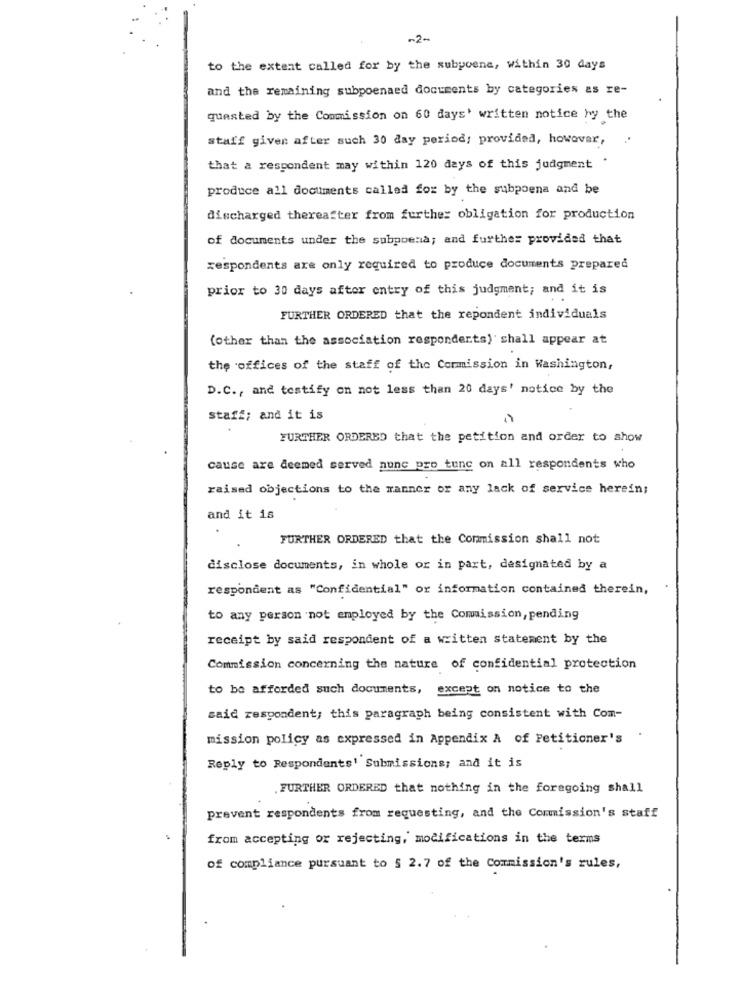
-2-
to the extent called for by the subpoena, within 30 days
and the remaining subpoenaed documents by categories as re-
quested by the Commission on 60 days' written notice hy the
staff given after such 30 day period; provided, however,
that a respondent may within 120 days of this judgment
produce all documents called for by the subpoena and be
discharged thereafter from further obligation for production
of documents under the subpoena; and further provided that
respondents are only required to produce documents prepared
prior to 30 days after entry of this judgment; and it is
FURTHER ORDERED that the repondent individuals
(other than the association respondents) shall appear at
the offices of the staff of the Cormission in Washington,
D.C ., and testify on not less than 20 days' notice by the
staff; and it is
FURTHER ORDERED that the petition and order to show
cause are deemed served nunc pro tunc on all respondents who
raised objections to the manner or any lack of service herein;
and it is
FURTHER ORDERED that the Commission shall not
disclose documents, in whole or in part, designated by a
respondent as "Confidential" or information contained therein,
to any person not employed by the Commission, pending
receipt by said respondent of a written statement by the
Commission concerning the nature of confidential protection
to be afforded such documents, except on notice to the
said respondent; this paragraph being consistent with Com-
mission policy as expressed in Appendix A of Petitioner's
Reply to Respondents' Submissions; and it is
. FURTHER ORDERED that nothing in the foregoing shall
prevent respondents from requesting, and the Commission's staff
from accepting or rejecting, modifications in the terms
of compliance pursuant to § 2.7 of the Commission's rules,